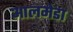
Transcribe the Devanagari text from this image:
आलमेडा